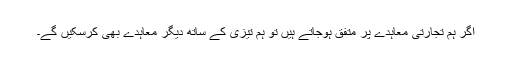
اگر ہم تجارتی معاہدے پر متفق ہوجاتے ہیں تو ہم تیزی کے ساتھ دیگر معاہدے بھی کرسکیں گے۔